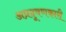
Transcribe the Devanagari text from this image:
अप्रदूषणकारी